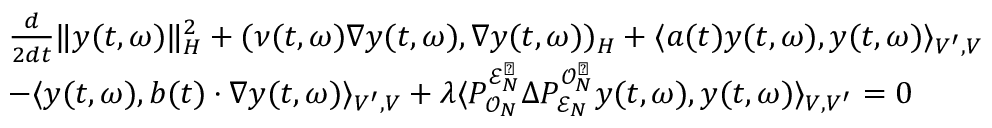
\begin{array} { r l } & { \frac { d } { 2 d t } \| y ( t , \omega ) \| _ { H } ^ { 2 } + ( \nu ( t , \omega ) \nabla y ( t , \omega ) , \nabla y ( t , \omega ) ) _ { H } + \langle a ( t ) y ( t , \omega ) , y ( t , \omega ) \rangle _ { V ^ { \prime } , V } } \\ & { - \langle y ( t , \omega ) , b ( t ) \cdot \nabla y ( t , \omega ) \rangle _ { V ^ { \prime } , V } + \lambda \langle P _ { \mathcal { O } _ { N } } ^ { \mathcal { E } _ { N } ^ { \perp } } \Delta P _ { \mathcal { E } _ { N } } ^ { \mathcal { O } _ { N } ^ { \perp } } y ( t , \omega ) , y ( t , \omega ) \rangle _ { V , V ^ { \prime } } = 0 } \end{array}